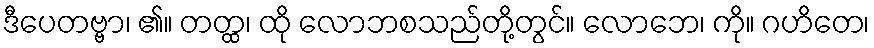
ဒီပေတဗ္ဗာ၊ ၏။ တတ္ထ၊ ထို လောဘစသည်တို့တွင်။ လောဘေ၊ ကို။ ဂဟိတေ၊